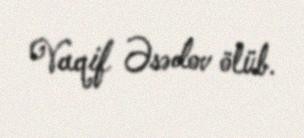
Vaqif Əsədov ölüb.